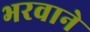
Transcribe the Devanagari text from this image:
भरवाने